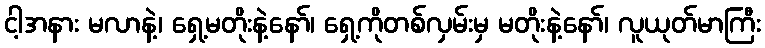
ငါ့အနား မလာနဲ့၊ ရှေ့မတိုးနဲ့နော်၊ ရှေ့ကိုတစ်လှမ်းမှ မတိုးနဲ့နော်၊ လူယုတ်မာကြီး